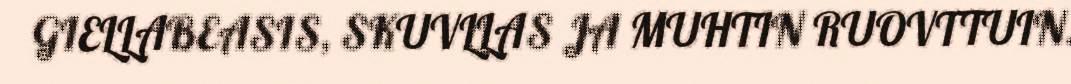
GIELLABEASIS, SKUVLLAS JA MUHTIN RUOVTTUIN.